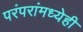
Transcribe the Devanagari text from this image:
परंपरांमध्येही